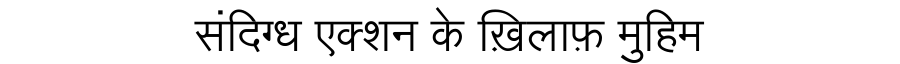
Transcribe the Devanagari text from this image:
संदिग्ध एक्शन के ख़िलाफ़ मुहिम